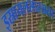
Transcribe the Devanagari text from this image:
इस्रायलसारख्या